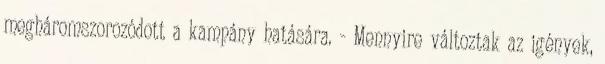
megháromszorozódott a kampány hatására. - Mennyire változtak az igények,